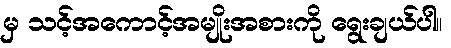
မှ သင့်အကောင့်အမျိုးအစားကို ရွေးချယ်ပါ။